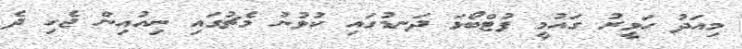
މިއަދު ހަވީރު ގައުމީ ފުޓްބޯޅަ ދަނޑުގައި ކުޅުނު މެޗުގައި ނިއުއިން ޖެހި ދެ